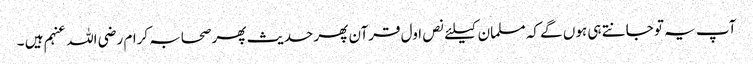
آپ یہ تو جانتے ہی ہوں گے کہ مسلمان کیلئے نص اول قرآن پھر حدیث پھر صحابہ کرام رضی اللہ عنہم ہیں ۔